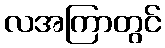
လအကြာတွင်